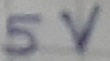
Text: 5V